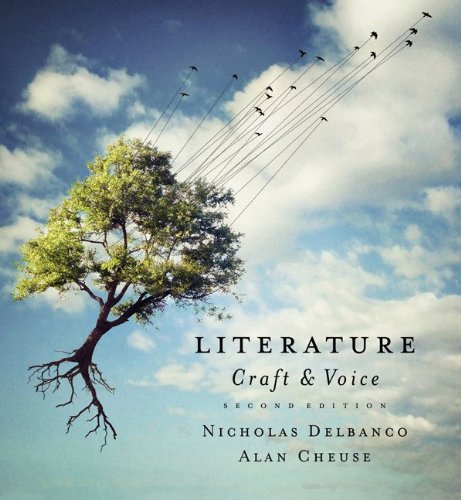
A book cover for Literature: Craft and Voice; Nicholas Delbanco; Reference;